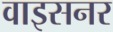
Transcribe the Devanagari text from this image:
वाइसनर